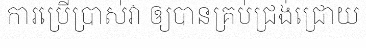
ការប្រើប្រាស់វា ឲ្យបានគ្រប់ជ្រង់ជ្រោយ